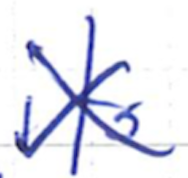
Text: its
Cross-out: cross
Writing tool: ballpoint